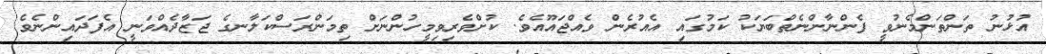
އުޅުނު ތަންތަންމެނުވީ ފެންނާންނެތްބަޔަކު ކަމުގައި އެއުރެން ވެއްޖައޫއެވެ. ކުށްވެރިވިމީހުންނަށް ތިމަންރަސްކަލާނގެ ޖަޒާދެއްވަނީ އެފަދައިންނެވެ.